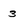
Character: 3